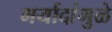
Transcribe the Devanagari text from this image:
मर्यादांमुळे